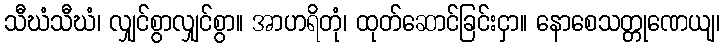
သီဃံသီဃံ၊ လျှင်စွာလျှင်စွာ။ အာဟရိတုံ၊ ထုတ်ဆောင်ခြင်းငှာ။ နောစေသတ္တုဏေယျ၊